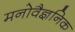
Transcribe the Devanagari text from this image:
मनोवैज्ञनिक